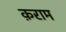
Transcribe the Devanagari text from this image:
क़राम